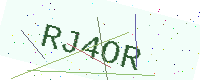
Text: RJ4OR